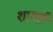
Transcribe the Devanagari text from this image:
शागर्ङ